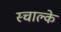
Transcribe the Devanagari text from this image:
स्चाल्के